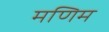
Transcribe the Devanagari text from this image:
मणिम